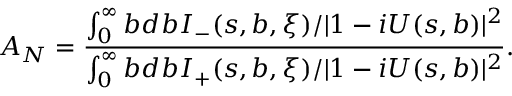
A _ { N } = \frac { \int _ { 0 } ^ { \infty } b d b I _ { - } ( s , b , \xi ) / | 1 - i U ( s , b ) | ^ { 2 } } { \int _ { 0 } ^ { \infty } b d b I _ { + } ( s , b , \xi ) / | 1 - i U ( s , b ) | ^ { 2 } } .